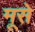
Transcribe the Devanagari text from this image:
मूसे